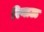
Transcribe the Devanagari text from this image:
रियाऊ